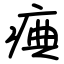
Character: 痶